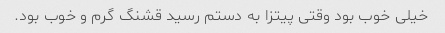
خیلی خوب بود وقتی پیتزا به دستم رسید قشنگ گرم و خوب بود.